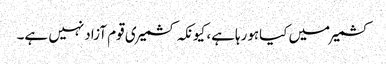
کشمیرمیں کیاہورہاہے، کیونکہ کشمیری قوم آزادنہیں ہے۔